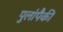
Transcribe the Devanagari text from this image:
पुलांपैकी